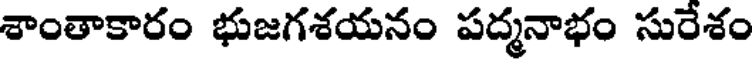
శాంతాకారం భుజగశయనం పద్మనాభం సురేశం